Burma Government Medical School reports 1907-22
Year: 1907
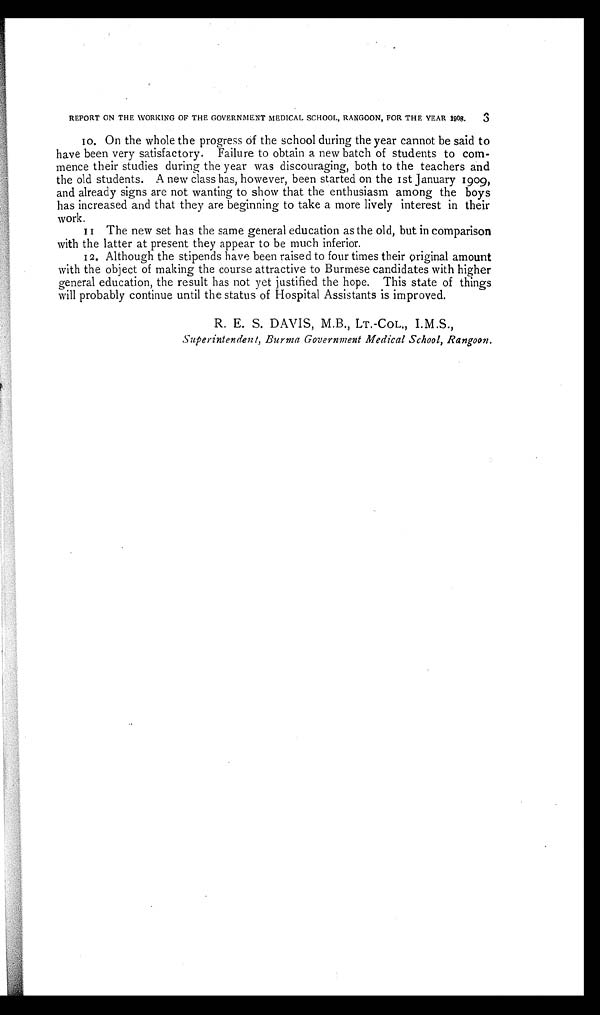
REPORT ON THE WORKING OF THE GOVERNMENT MEDICAL SCHOOL, RANGOON, FOR THE YEAR 1908. 3
R E P O R T O N T H E W O R K I N G O F T H E G O V E R N M E N T M E D I C A L S C H O O L , R A N G O O N , F O R T H E Y E A R 1 9 0 8 . 3
10. On the whole the progress of the school during the year cannot be said to
have been very satisfactory. Failure to obtain a new batch of students to com--
mence their studies during the year was discouraging, both to the teachers and
the old students. A new class has, however, been started on the 1st January 1909,
and already signs are not wanting to show that the enthusiasm among the boys
has increased and that they are beginning to take a more lively interest in their
work.
11 The new set has the same general education as the old, but in comparison
with the latter at present they appear to be much inferior.
12. Although the stipends have been raised to four times their original amount
with the object of making the course attractive to Burmese candidates with higher
general education, the result has not yet justified the hope. This state of things
will probably continue until the status of Hospital Assistants is improved.
R. E. S. DAVIS, M.B., LT.-COL., I.M.S.,
Superintendent, Burma Government Medical School, Rangoon.